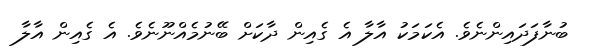
ބުނާފަދައިންނެވެ. އެކަމަކު އާލާ އެ ގެއިން ދާކަށް ބޭނުމެއްނޫނެވެ. އެ ގެއިން އާލާ